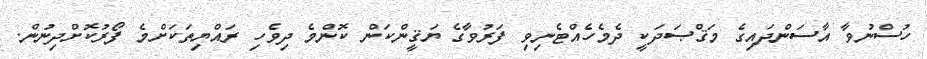
ހުސްނުވާ އާސަންދައިގެ މަޤްޞަދަކީ ދެމެހެއްޓެނިވި ފަރުވާގެ ޔަޤީންކަން ކޮންމެ ދިވެހި ރައްޔިތަކަށްމެ ފޯރުކޮށްދިނުން.